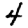
Digit: 4